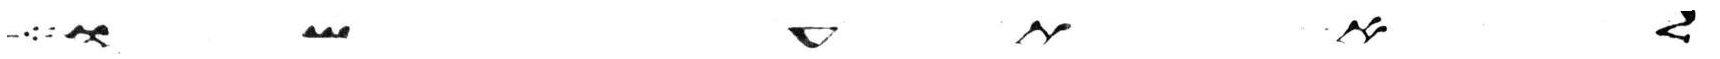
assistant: לא תעשו